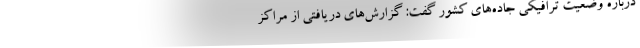
درباره وضعیت ترافیکی جاده‌های کشور گفت: گزارش‌های دریافتی از مراکز